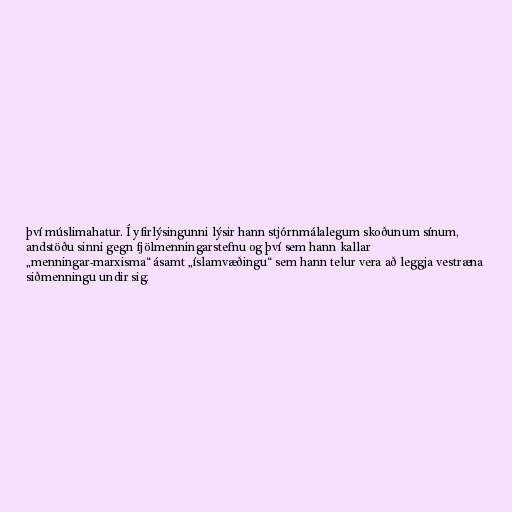
því múslimahatur. Í yfirlýsingunni lýsir hann stjórnmálalegum skoðunum sínum,
andstöðu sinni gegn fjölmenningarstefnu og því sem hann kallar
„menningar-marxisma“ ásamt „íslamvæðingu“ sem hann telur vera að leggja vestræna
siðmenningu undir sig.